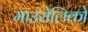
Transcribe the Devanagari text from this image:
माउरोलिको